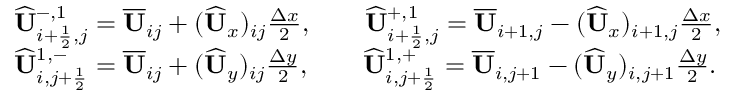
\begin{array} { r l } & { \widehat { \mathbf { U } } _ { i + \frac { 1 } { 2 } , j } ^ { - , 1 } = \overline { { \mathbf { U } } } _ { i j } + ( \widehat { \mathbf { U } } _ { x } ) _ { i j } \frac { \Delta x } { 2 } , \qquad \widehat { \mathbf { U } } _ { i + \frac { 1 } { 2 } , j } ^ { + , 1 } = \overline { { \mathbf { U } } } _ { i + 1 , j } - ( \widehat { \mathbf { U } } _ { x } ) _ { i + 1 , j } \frac { \Delta x } { 2 } , } \\ & { \widehat { \mathbf { U } } _ { i , j + \frac { 1 } { 2 } } ^ { 1 , - } = \overline { { \mathbf { U } } } _ { i j } + ( \widehat { \mathbf { U } } _ { y } ) _ { i j } \frac { \Delta y } { 2 } , \qquad \widehat { \mathbf { U } } _ { i , j + \frac { 1 } { 2 } } ^ { 1 , + } = \overline { { \mathbf { U } } } _ { i , j + 1 } - ( \widehat { \mathbf { U } } _ { y } ) _ { i , j + 1 } \frac { \Delta y } { 2 } . } \end{array}